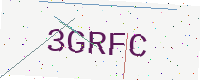
Text: 3GRFC